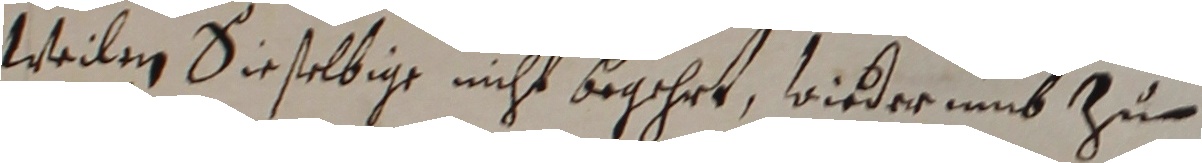
Weilen sieselbige nicht begehrt, wiederumb zu